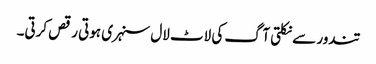
تندور سے نکلتی آگ کی لاٹ لال سنہری ہوتی رقص کرتی۔